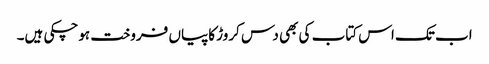
اب تک اس کتاب کی بھی دس کروڑ کاپیاں فروخت ہوچکی ہیں۔